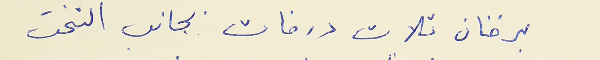
برقان ثلاث درفات بجانب التخت